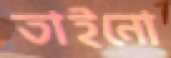
তাইনো